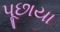
પૂછાયા